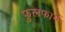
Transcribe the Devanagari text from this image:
फुलफार्म